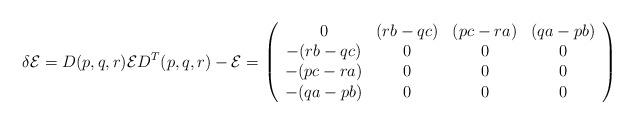
LaTeX: \begin{align*}\delta {\cal E} = D(p, q, r) {\cal E} D^T(p, q, r) - {\cal E} = \left( \begin{array}{cccc}0 & (r b- q c) & (p c - r a) & (q a - p b) \\-(r b- q c) & 0 & 0 & 0 \\-(p c - r a) & 0 & 0 & 0 \\-(q a - p b) & 0 & 0 & 0\end{array} \right)\end{align*}